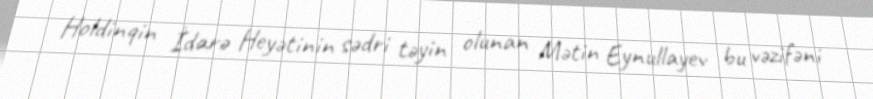
Holdinqin İdarə Heyətinin sədri təyin olunan Mətin Eynullayev bu vəzifəni